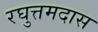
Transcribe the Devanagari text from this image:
रघुत्तमदास